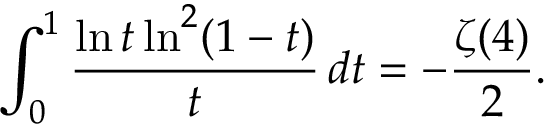
\int _ { 0 } ^ { 1 } \frac { \ln t \ln ^ { 2 } ( 1 - t ) } { t } \, d t = - \frac { \zeta ( 4 ) } { 2 } .